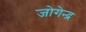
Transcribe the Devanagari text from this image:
जोगेन्द्र